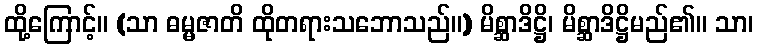
ထို့ကြောင့်။ (သာ ဓမ္မဇာတိ ထိုတရားသဘောသည်။) မိစ္ဆာဒိဋ္ဌိ၊ မိစ္ဆာဒိဋ္ဌိမည်၏။ သာ၊